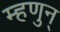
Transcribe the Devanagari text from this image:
म्हणुन्